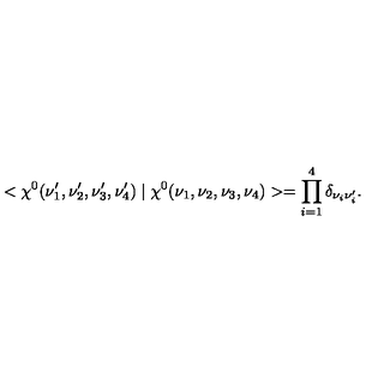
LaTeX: < \chi ^ { 0 } ( \nu _ { 1 } ^ { \prime } , \nu _ { 2 } ^ { \prime } , \nu _ { 3 } ^ { \prime } , \nu _ { 4 } ^ { \prime } ) \mid \chi ^ { 0 } ( \nu _ { 1 } , \nu _ { 2 } , \nu _ { 3 } , \nu _ { 4 } ) > = \prod _ { i = 1 } ^ { 4 } \delta _ { \nu _ { i } \nu _ { i } ^ { \prime } } .